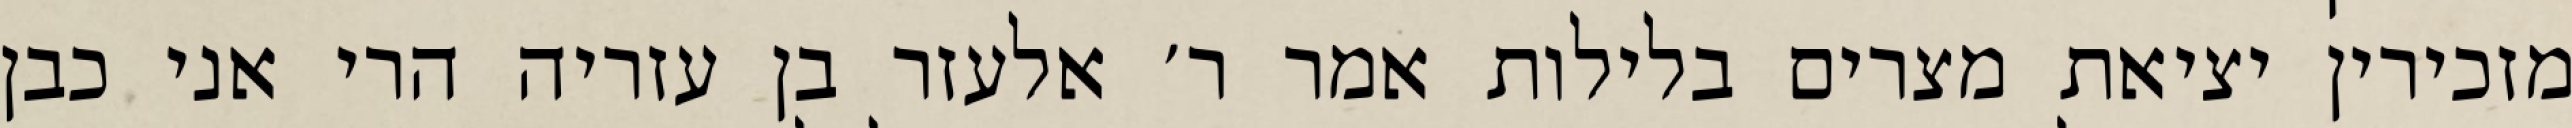
מזכירין יציאת מצרים בלילות אמר ר׳ אלעזר בן עזריה הרי אני כבן